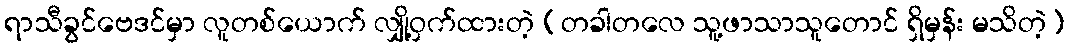
ရာသီခွင်ဗေဒင်မှာ လူတစ်ယောက် လျှို့ဝှက်ထားတဲ့ (တခါတလေ သူ့ဖာသာသူတောင် ရှိမှန်း မသိတဲ့)